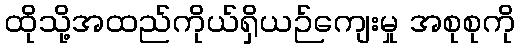
ထိုသို့အထည်ကိုယ်ရှိယဉ်ကျေးမှု အစုစုကို